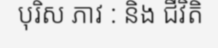
បុរិស ភាវ : និង ជីវិតិ